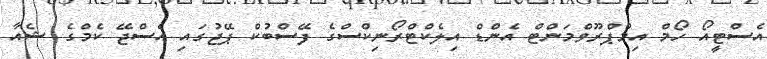
އެސްޓީއޯ ހޯމް އިމްޕްރޫވްމަންޓް އެންޑް އިލެކްޓްރޯނިކްސްގެ ފޭސްބުކް ޕޭޖުގައި އެސްޖޭ ކެމްގެ ޝެއާ